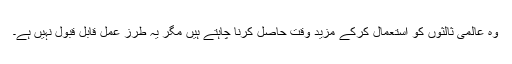
وہ عالمی ثالثوں کو استعمال کرکے مزید وقت حاصل کرنا چاہتے ہیں مگر یہ طرز عمل قابل قبول نہیں ہے۔